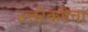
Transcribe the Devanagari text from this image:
उत्तरेकडेचा